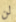
لن